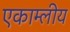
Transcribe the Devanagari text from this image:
एकाम्लीय